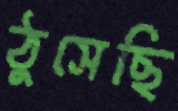
ঠুসেছি